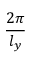
\frac { 2 \pi } { l _ { y } }